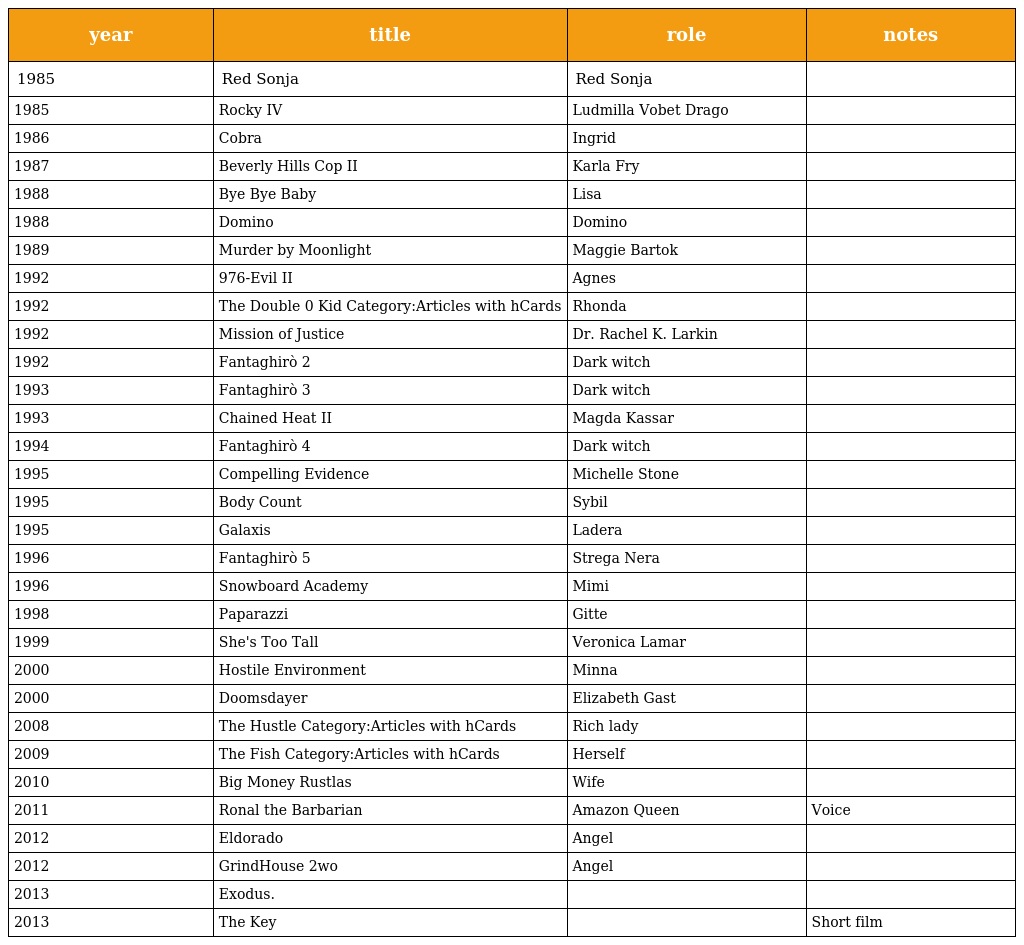
| year | title | role | notes |
 | --- | --- | --- | --- |
 | 1985 | Red Sonja | Red Sonja |  |
 | 1985 | Rocky IV | Ludmilla Vobet Drago |  |
 | 1986 | Cobra | Ingrid |  |
 | 1987 | Beverly Hills Cop II | Karla Fry |  |
 | 1988 | Bye Bye Baby | Lisa |  |
 | 1988 | Domino | Domino |  |
 | 1989 | Murder by Moonlight | Maggie Bartok |  |
 | 1992 | 976-Evil II | Agnes |  |
 | 1992 | The Double 0 Kid Category:Articles with hCards | Rhonda |  |
 | 1992 | Mission of Justice | Dr. Rachel K. Larkin |  |
 | 1992 | Fantaghirò 2 | Dark witch |  |
 | 1993 | Fantaghirò 3 | Dark witch |  |
 | 1993 | Chained Heat II | Magda Kassar |  |
 | 1994 | Fantaghirò 4 | Dark witch |  |
 | 1995 | Compelling Evidence | Michelle Stone |  |
 | 1995 | Body Count | Sybil |  |
 | 1995 | Galaxis | Ladera |  |
 | 1996 | Fantaghirò 5 | Strega Nera |  |
 | 1996 | Snowboard Academy | Mimi |  |
 | 1998 | Paparazzi | Gitte |  |
 | 1999 | She's Too Tall | Veronica Lamar |  |
 | 2000 | Hostile Environment | Minna |  |
 | 2000 | Doomsdayer | Elizabeth Gast |  |
 | 2008 | The Hustle Category:Articles with hCards | Rich lady |  |
 | 2009 | The Fish Category:Articles with hCards | Herself |  |
 | 2010 | Big Money Rustlas | Wife |  |
 | 2011 | Ronal the Barbarian | Amazon Queen | Voice |
 | 2012 | Eldorado | Angel |  |
 | 2012 | GrindHouse 2wo | Angel |  |
 | 2013 | Exodus. |  |  |
 | 2013 | The Key |  | Short film |